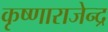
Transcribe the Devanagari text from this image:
कृष्णाराजेन्द्र